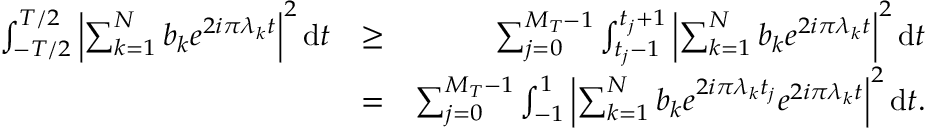
\begin{array} { r l r } { \int _ { - T / 2 } ^ { T / 2 } { \left| { \sum _ { k = 1 } ^ { N } b _ { k } e ^ { 2 i \pi \lambda _ { k } t } } \right| } ^ { 2 } \, \mathrm { d } t } & { \geq } & { \sum _ { j = 0 } ^ { M _ { T } - 1 } \int _ { t _ { j } - 1 } ^ { t _ { j } + 1 } { \left| { \sum _ { k = 1 } ^ { N } b _ { k } e ^ { 2 i \pi \lambda _ { k } t } } \right| } ^ { 2 } \, \mathrm { d } t } \\ & { = } & { \sum _ { j = 0 } ^ { M _ { T } - 1 } \int _ { - 1 } ^ { 1 } { \left| { \sum _ { k = 1 } ^ { N } b _ { k } e ^ { 2 i \pi \lambda _ { k } t _ { j } } e ^ { 2 i \pi \lambda _ { k } t } } \right| } ^ { 2 } \, \mathrm { d } t . } \end{array}